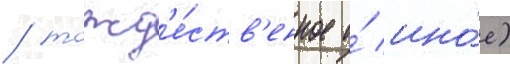
/ тожд'е́ств'енное и́ ино́е)